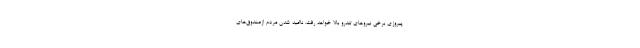
پیروزی برخی نیروهای تندرو بالا خواهد رفت. ناامید شدن مردم ازصندوق‌های